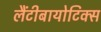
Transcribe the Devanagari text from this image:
लैंटीबायोटिक्स